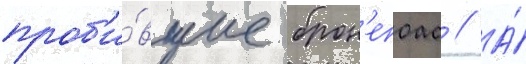
проб'и́вшие брон'епоас // А́